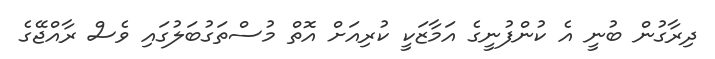
ދިރާގުން ބުނީ އެ ކުންފުނީގެ އަމާޒަކީ ކުރިއަށް އޮތް މުސްތަގުބަލުގައި ވެސް ރާއްޖޭގެ